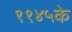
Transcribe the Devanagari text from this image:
११४५के